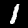
Label: 1